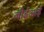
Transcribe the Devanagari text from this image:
जीईआई